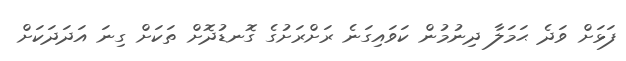
ފަޅަށް ވަދެ ޙަމަލާ ދިނުމުން ކަވައިގަނެ ރަށްރަށުގެ ގޮނޑުދޮށް ތަކަށް ގިނަ އަދަދަކަށް